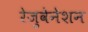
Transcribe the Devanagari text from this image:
रेजुवेनेशन